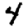
Digit: 4